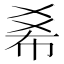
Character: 𢂞